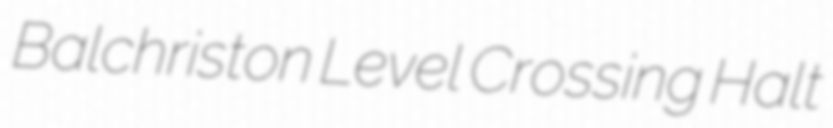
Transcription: Balchriston Level Crossing Halt